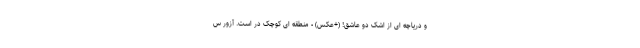
و دریاچه ای از اشک دو عاشق! (+عکس) - منطقه ای کوچک در است. آزور س